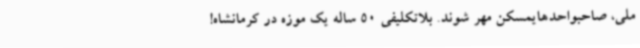
ملی، صاحبواحدهایمسکن مهر شوند. بلاتکلیفی 50 ساله یک موزه در کرمانشاه!